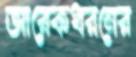
আরেকধরনের